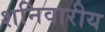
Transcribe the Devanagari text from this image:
शनिवारीय